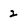
Character: 2